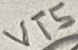
Text: VT5